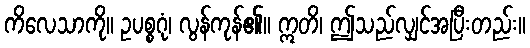
ကိလေသာကို။ ဥပစ္စဂုံ၊ လွန်ကုန်၏။ ဣတိ၊ ဤသည်လျှင်အပြီးတည်း။